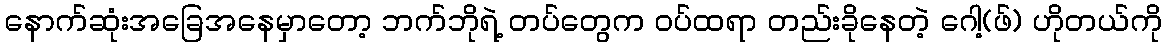
နောက်ဆုံးအခြေအနေမှာတော့ ဘက်ဘိုရဲ့ တပ်တွေက ဝပ်ထရာ တည်းခိုနေတဲ့ ဂေါ့(ဖ်) ဟိုတယ်ကို